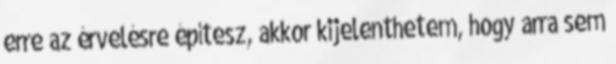
erre az érvelésre építesz, akkor kijelenthetem, hogy arra sem